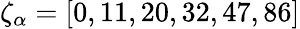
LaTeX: {\mathbf\zeta}_{\alpha}=[0,11,20,32,47,86]